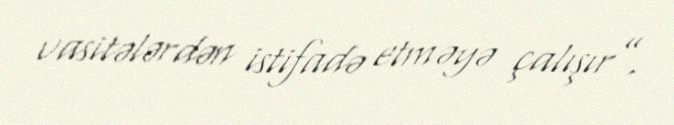
vasitələrdən istifadə etməyə çalışır”.